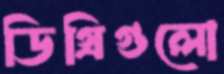
ডিগ্রিগুলো